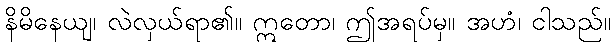
နိမိနေယျ၊ လဲလှယ်ရာ၏။ ဣတော၊ ဤအရပ်မှ။ အဟံ၊ ငါသည်။